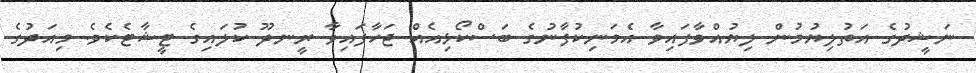
ނަޝީދުގެ އަތުލިޔުމުން ލިޔުއްވާފައިވާ އެމަނިކުފާނުގެ ބަސްކޯޅިއެއް ޖަހާފައިވާ ރީނދޫ ކުލައިގެ ޓީޝާޓެކެވެ. މިއަދުގެ